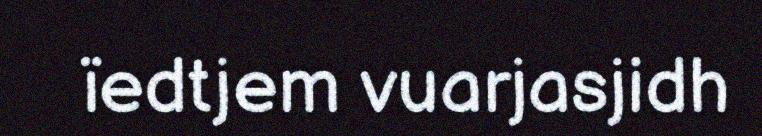
ïedtjem vuarjasjidh